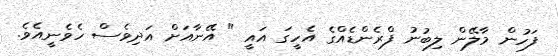
ފަހުން މާލޭން ލިބުނު ފްރެންޑެއްގެ އެހީގަ އައީ " އޭނާއަށް އަދިވެސް ހެވެނީއެވެ.